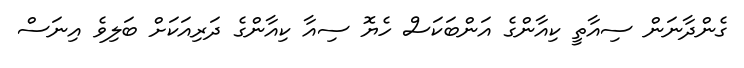
ގެންދާނަން ސިއާތީ ކިއާންގެ އަންބަކަސް ހެޔޮ ސިއާ ކިއާންގެ ދަރިއަކަށް ބަލިވެ އިނަސް